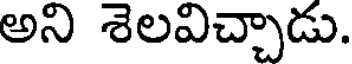
అని శెలవిచ్చాడు.